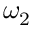
\omega _ { 2 }